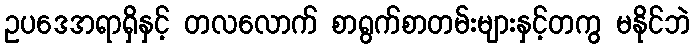
ဥပဒေအရာရှိနှင့် တလလောက် စာရွက်စာတမ်းများနှင့်တကွ မနိုင်ဘဲ